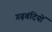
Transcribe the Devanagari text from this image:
गढ़बंदियों